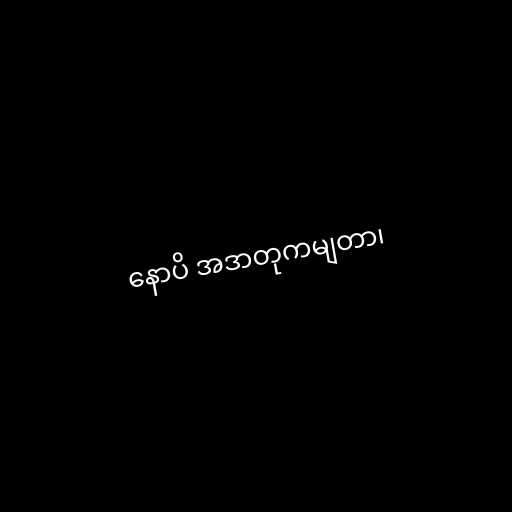
နောပိ အဒာတုကမျတာ၊